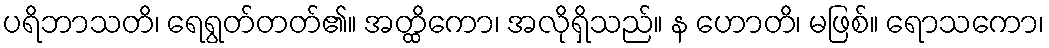
ပရိဘာသတိ၊ ရေရွတ်တတ်၏။ အတ္ထိကော၊ အလိုရှိသည်။ န ဟောတိ၊ မဖြစ်။ ရောသကော၊